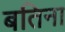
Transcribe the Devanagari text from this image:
बतिना